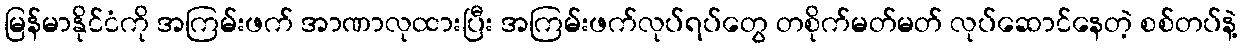
မြန်မာနိုင်ငံကို အကြမ်းဖက် အာဏာလုထားပြီး အကြမ်းဖက်လုပ်ရပ်တွေ တစိုက်မတ်မတ် လုပ်ဆောင်နေတဲ့ စစ်တပ်နဲ့